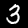
Label: 3